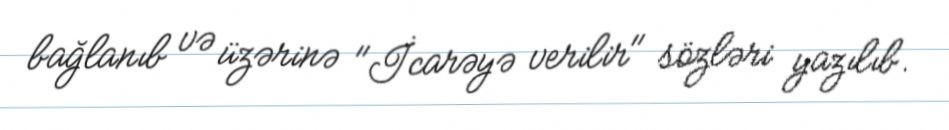
bağlanıb və üzərinə "İcarəyə verilir" sözləri yazılıb.